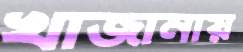
খাজানায়